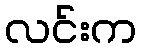
လင်းက